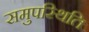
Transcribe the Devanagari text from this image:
समुपस्थिति